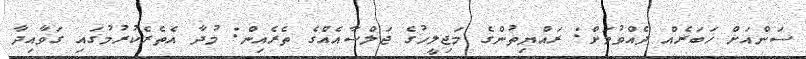
ސަންއަށް ޚަބަރެއް ދެއްވުމަށް: ރައްޔިތުންގެ މަޖިލީހުގެ ޖަލްސާއެއްގެ ތެރެއިން: މުދާ އެތެރެކުރުމުގައި ގަވާއިދާ